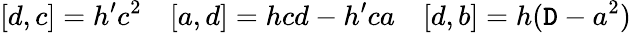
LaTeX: [d,c]=h^{\prime}c^{2}\ \ \ \ [a,d]=hcd-h^{\prime}ca\ \ \ \ [d,b]=h({\cal\mathtt{D}}-a^{2})